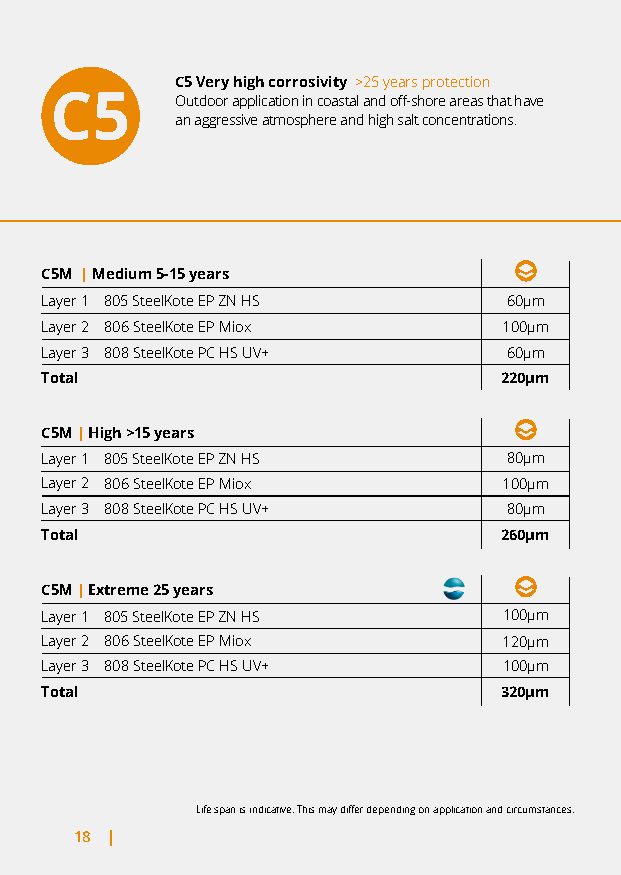
C5 Very high corrosivity >25 years protection
 Outdoor application in coastal and off-shore areas that have
 an aggressive atmosphere and high salt concentrations.
 C5M | Medium 5-15 years
 Layer 1 805 SteelKote EP ZN HS 60µm
 Layer 2 806 SteelKote EP Miox 100µm
 Layer 3 808 SteelKote PC HS UV+ 60µm
 Total                         220µm
 C5M | High >15 years
 Layer 1 805 SteelKote EP ZN HS 80µm
 Layer 2 806 SteelKote EP Miox 100µm
 Layer 3 808 SteelKote PC HS UV+ 80µm
 Total                         260µm
 C5M | Extreme 25 years
 Layer 1 805 SteelKote EP ZN HS 100µm
 Layer 2 806 SteelKote EP Miox 120µm
 Layer 3 808 SteelKote PC HS UV+ 100µm
 Total                         320µm
 Life span is indicative. This may differ depending on application and circumstances.
 18 |